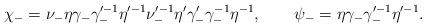
LaTeX: \begin{align*}\chi_- = \nu_- \eta \gamma_- \gamma_-^{\prime -1} \eta^{\prime -1}\nu_-^{\prime -1} \eta' \gamma'_- \gamma_-^{-1} \eta^{-1}, \qquad\psi_- = \eta \gamma_- \gamma_-^{\prime -1} \eta^{\prime -1}.\end{align*}